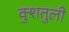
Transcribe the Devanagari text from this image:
क्शुतुली